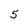
Character: 5